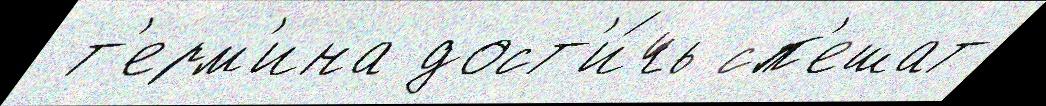
 т'ерм'ина дост'и́чь сп'ешат